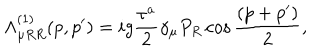
\Lambda _ { \mu R R } ^ { ( 1 ) } ( p , p ^ { \prime } ) = i g { \frac { \tau ^ { a } } { 2 } } \gamma _ { \mu } P _ { R } \cos { \frac { ( p + p ^ { \prime } ) } { 2 } } ,